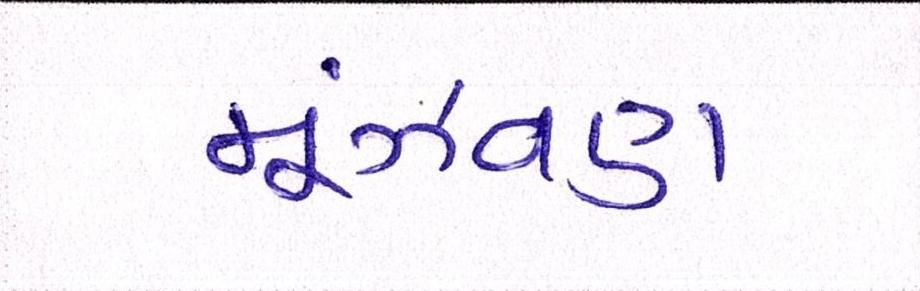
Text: મૂંઝવણ